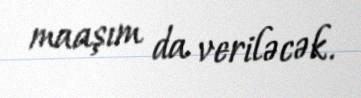
maaşım da veriləcək.